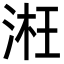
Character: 㳹